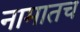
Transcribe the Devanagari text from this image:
नामातच